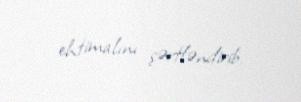
ehtimalını şərtləndirib.